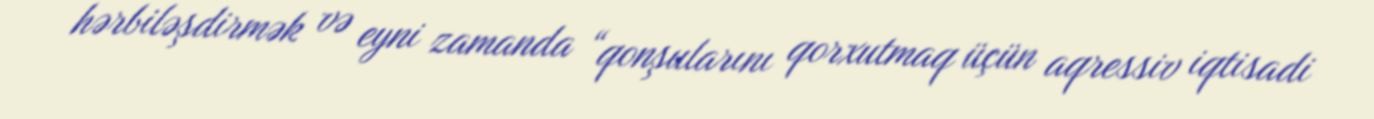
hərbiləşdirmək və eyni zamanda “qonşularını qorxutmaq üçün aqressiv iqtisadi